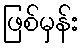
ဖြစ်မှန်း